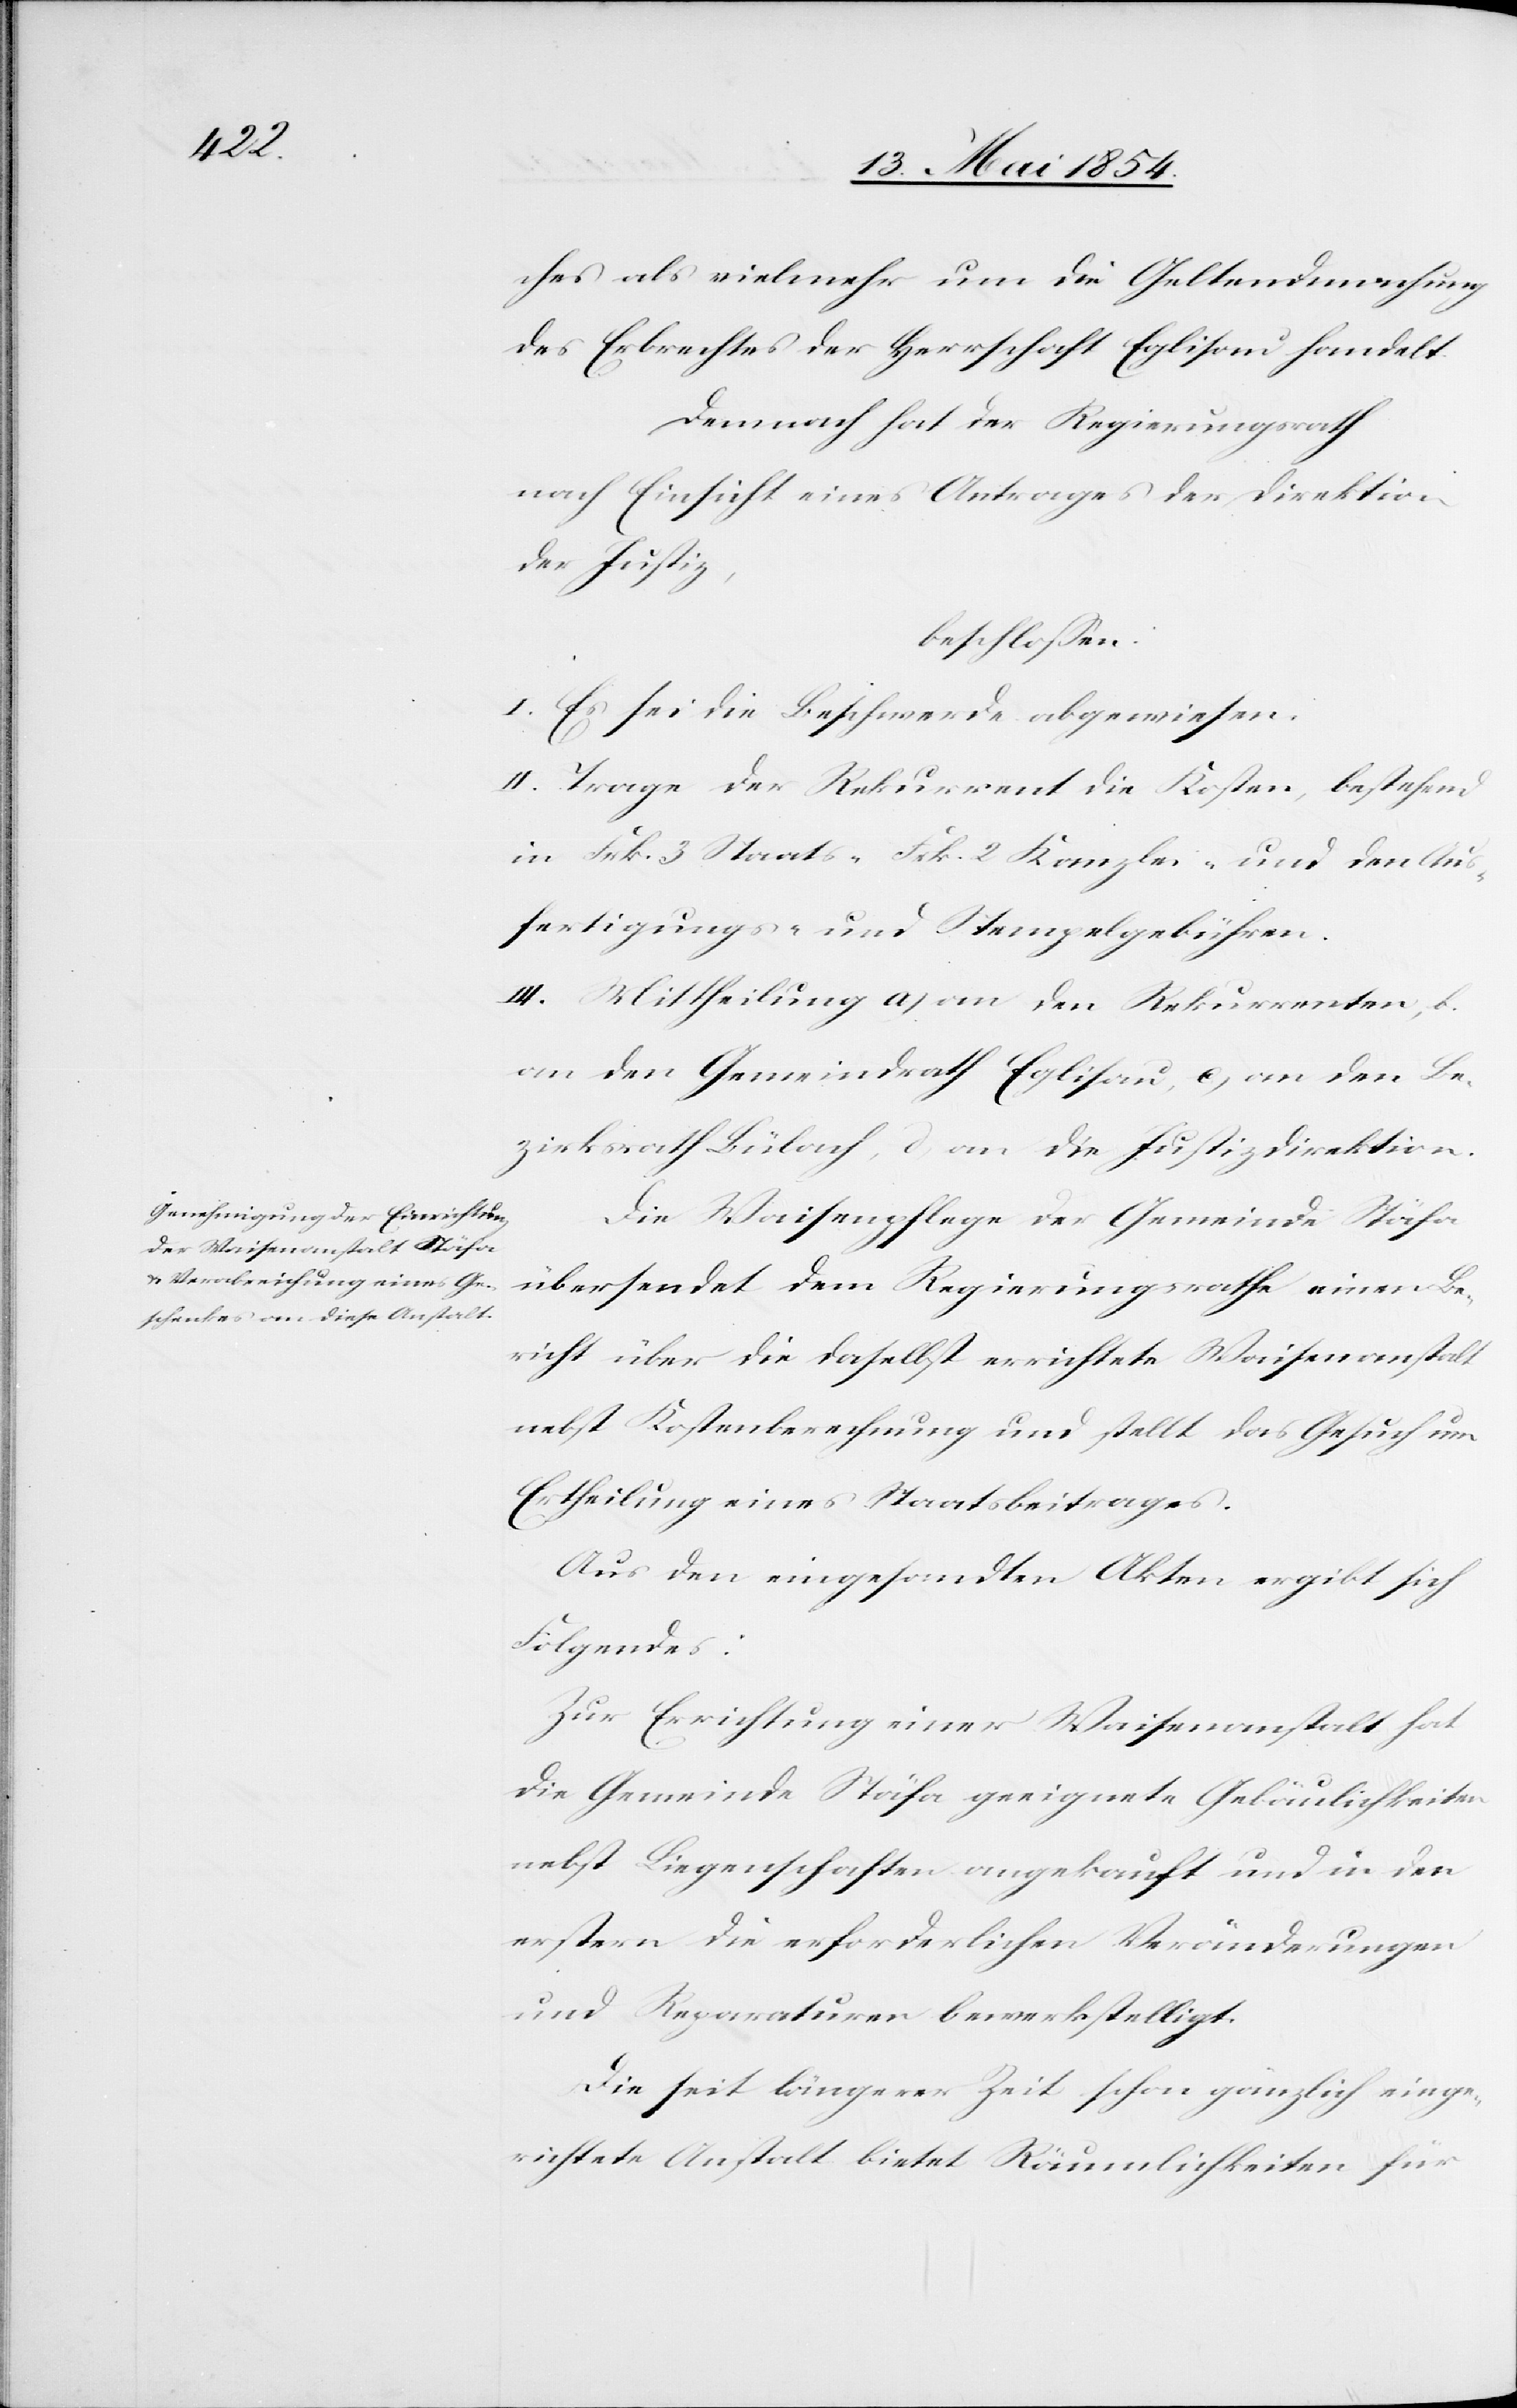
ches als vielmehr um die Geltendmachung
des Erbrechtes der Herrschaft Eglisau handelt.
Demnach hat der Regierungsrath
nach Einsicht eines Antrages der Direktion
der Justiz,
beschloßen:
I. Es sei die Beschwerde abgewiesen.
II. Trage der Rekurrent die Kosten, bestehend
in Frk. 3 Staats-[,] Frk. 2 Kanzlei- und den Aus¬
fertigungs- und Stempelgebühren.
III. Mittheilung a) an den Rekurrenten, b.
an den Gemeindrath Eglisau, c) an den Be¬
zirksrath Bülach, d) an die Justizdirektion.
Die Waisenpflege der Gemeinde Stäfa
übersendet dem Regierungsrathe einen Be¬
richt über die daselbst errichtete Waisenanstalt
nebst Kostenberechnung und stellt das Gesuch um
Ertheilung eines Staatsbeitrages.
Aus den eingesandten Akten ergibt sich
Folgendes:
Zur Errichtung einer Waisenanstalt hat
die Gemeinde Stäfa geeignete Gebäulichkeiten
nebst Liegenschaften angekauft und in den
erstern die erforderlichen Veränderungen
und Reparaturen bewerkstelligt.
Die seit längerer Zeit schon gänzlich einge¬
richtete Anstalt bietet Räumlichkeiten für